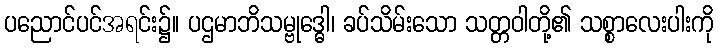
ပညောင်ပင်အရင်း၌။ ပဌမာဘိသမ္ဗုဒ္ဓေါ၊ ခပ်သိမ်းသော သတ္တဝါတို့၏ သစ္စာလေးပါးကို